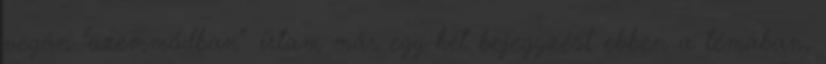
vegán "üzemmódban". írtam már egy-két bejegyzést ebben a témában,